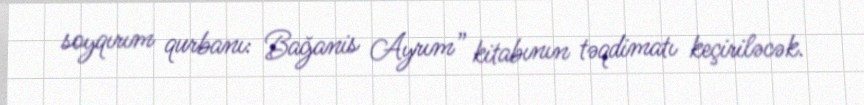
soyqırım qurbanı: Bağanis Ayrım” kitabının təqdimatı keçiriləcək.